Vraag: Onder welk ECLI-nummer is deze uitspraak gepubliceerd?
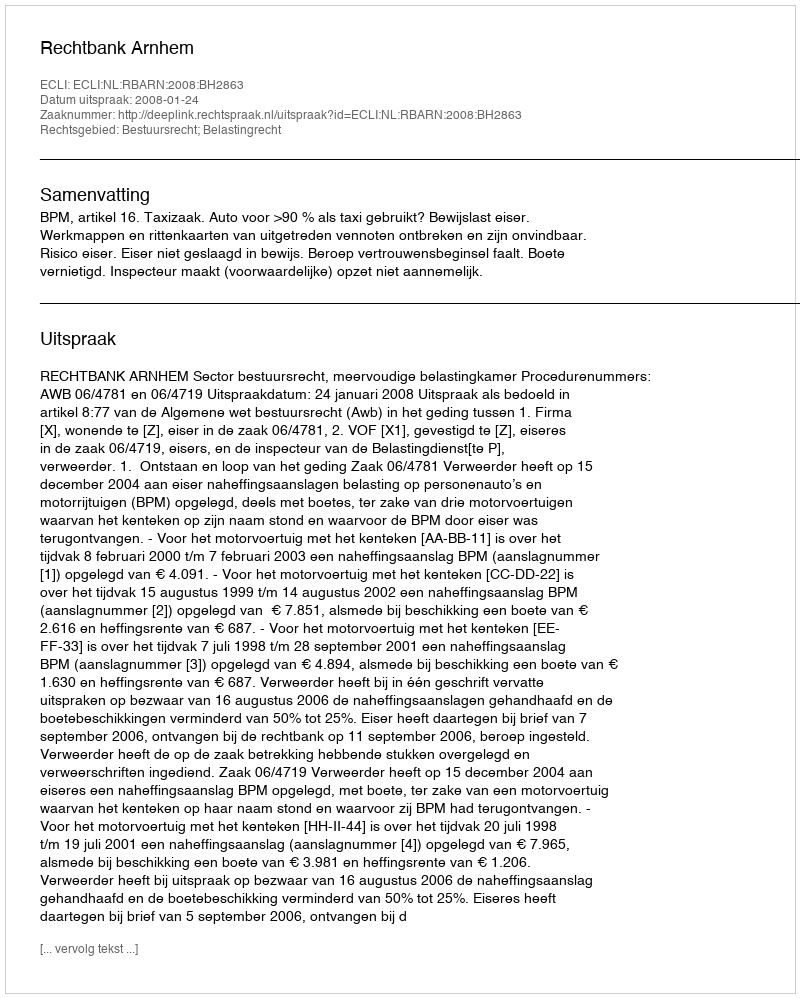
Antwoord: ECLI:NL:RBARN:2008:BH2863